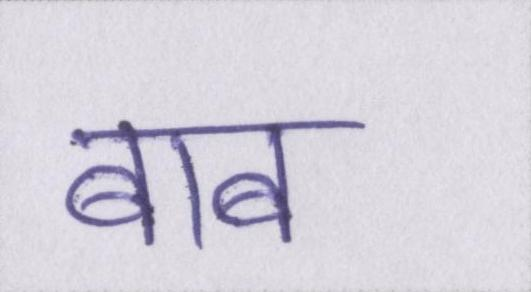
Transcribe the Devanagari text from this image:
बाब